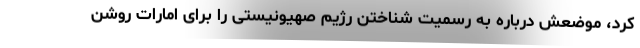
کرد، موضعش درباره به رسمیت شناختن رژیم صهیونیستی را برای امارات روشن